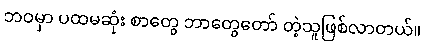
ဘဝမှာ ပထမဆုံး စာတွေ ဘာတွေတော် တဲ့သူဖြစ်လာတယ်။